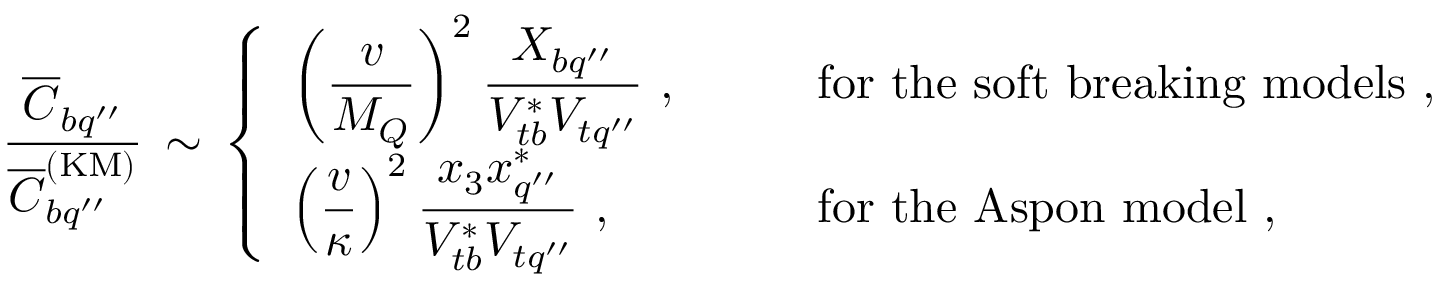
\frac { \overline { { { C } } } _ { b q ^ { \prime \prime } } } { \overline { { { C } } } _ { b q ^ { \prime \prime } } ^ { \mathrm { ( K M ) } } } \, \sim \, \left\{ \begin{array} { l l } { { \displaystyle \left( \frac { v } { M _ { Q } } \right) ^ { 2 } \frac { X _ { b q ^ { \prime \prime } } } { V _ { t b } ^ { \ast } V _ { t q ^ { \prime \prime } } } \ , \qquad } } & { { \mathrm { f o r ~ t h e ~ s o f t ~ b r e a k i n g ~ m o d e l s } \ , } } \\ { { \displaystyle \left( \frac { v } { \kappa } \right) ^ { 2 } \frac { x _ { 3 } x _ { q ^ { \prime \prime } } ^ { \ast } } { V _ { t b } ^ { \ast } V _ { t q ^ { \prime \prime } } } \ , \qquad } } & { { \mathrm { f o r ~ t h e ~ A s p o n ~ m o d e l } \ , } } \end{array} \right.